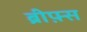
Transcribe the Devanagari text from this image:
ब्रीफ़्स